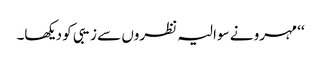
‘‘ مہرو نے سوالیہ نظروں سے زیبی کو دیکھا۔